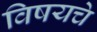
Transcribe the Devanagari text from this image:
विषयचे